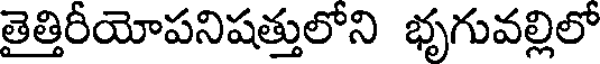
తైత్తిరీయోపనిషత్తులోని భృగువల్లిలో